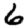
Digit: 6